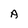
Character: A